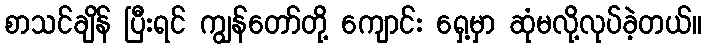
စာသင်ချိန် ပြီးရင် ကျွန်တော်တို့ ကျောင်း ရှေ့မှာ ဆုံမလို့လုပ်ခဲ့တယ်။